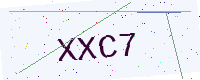
Text: XXC7